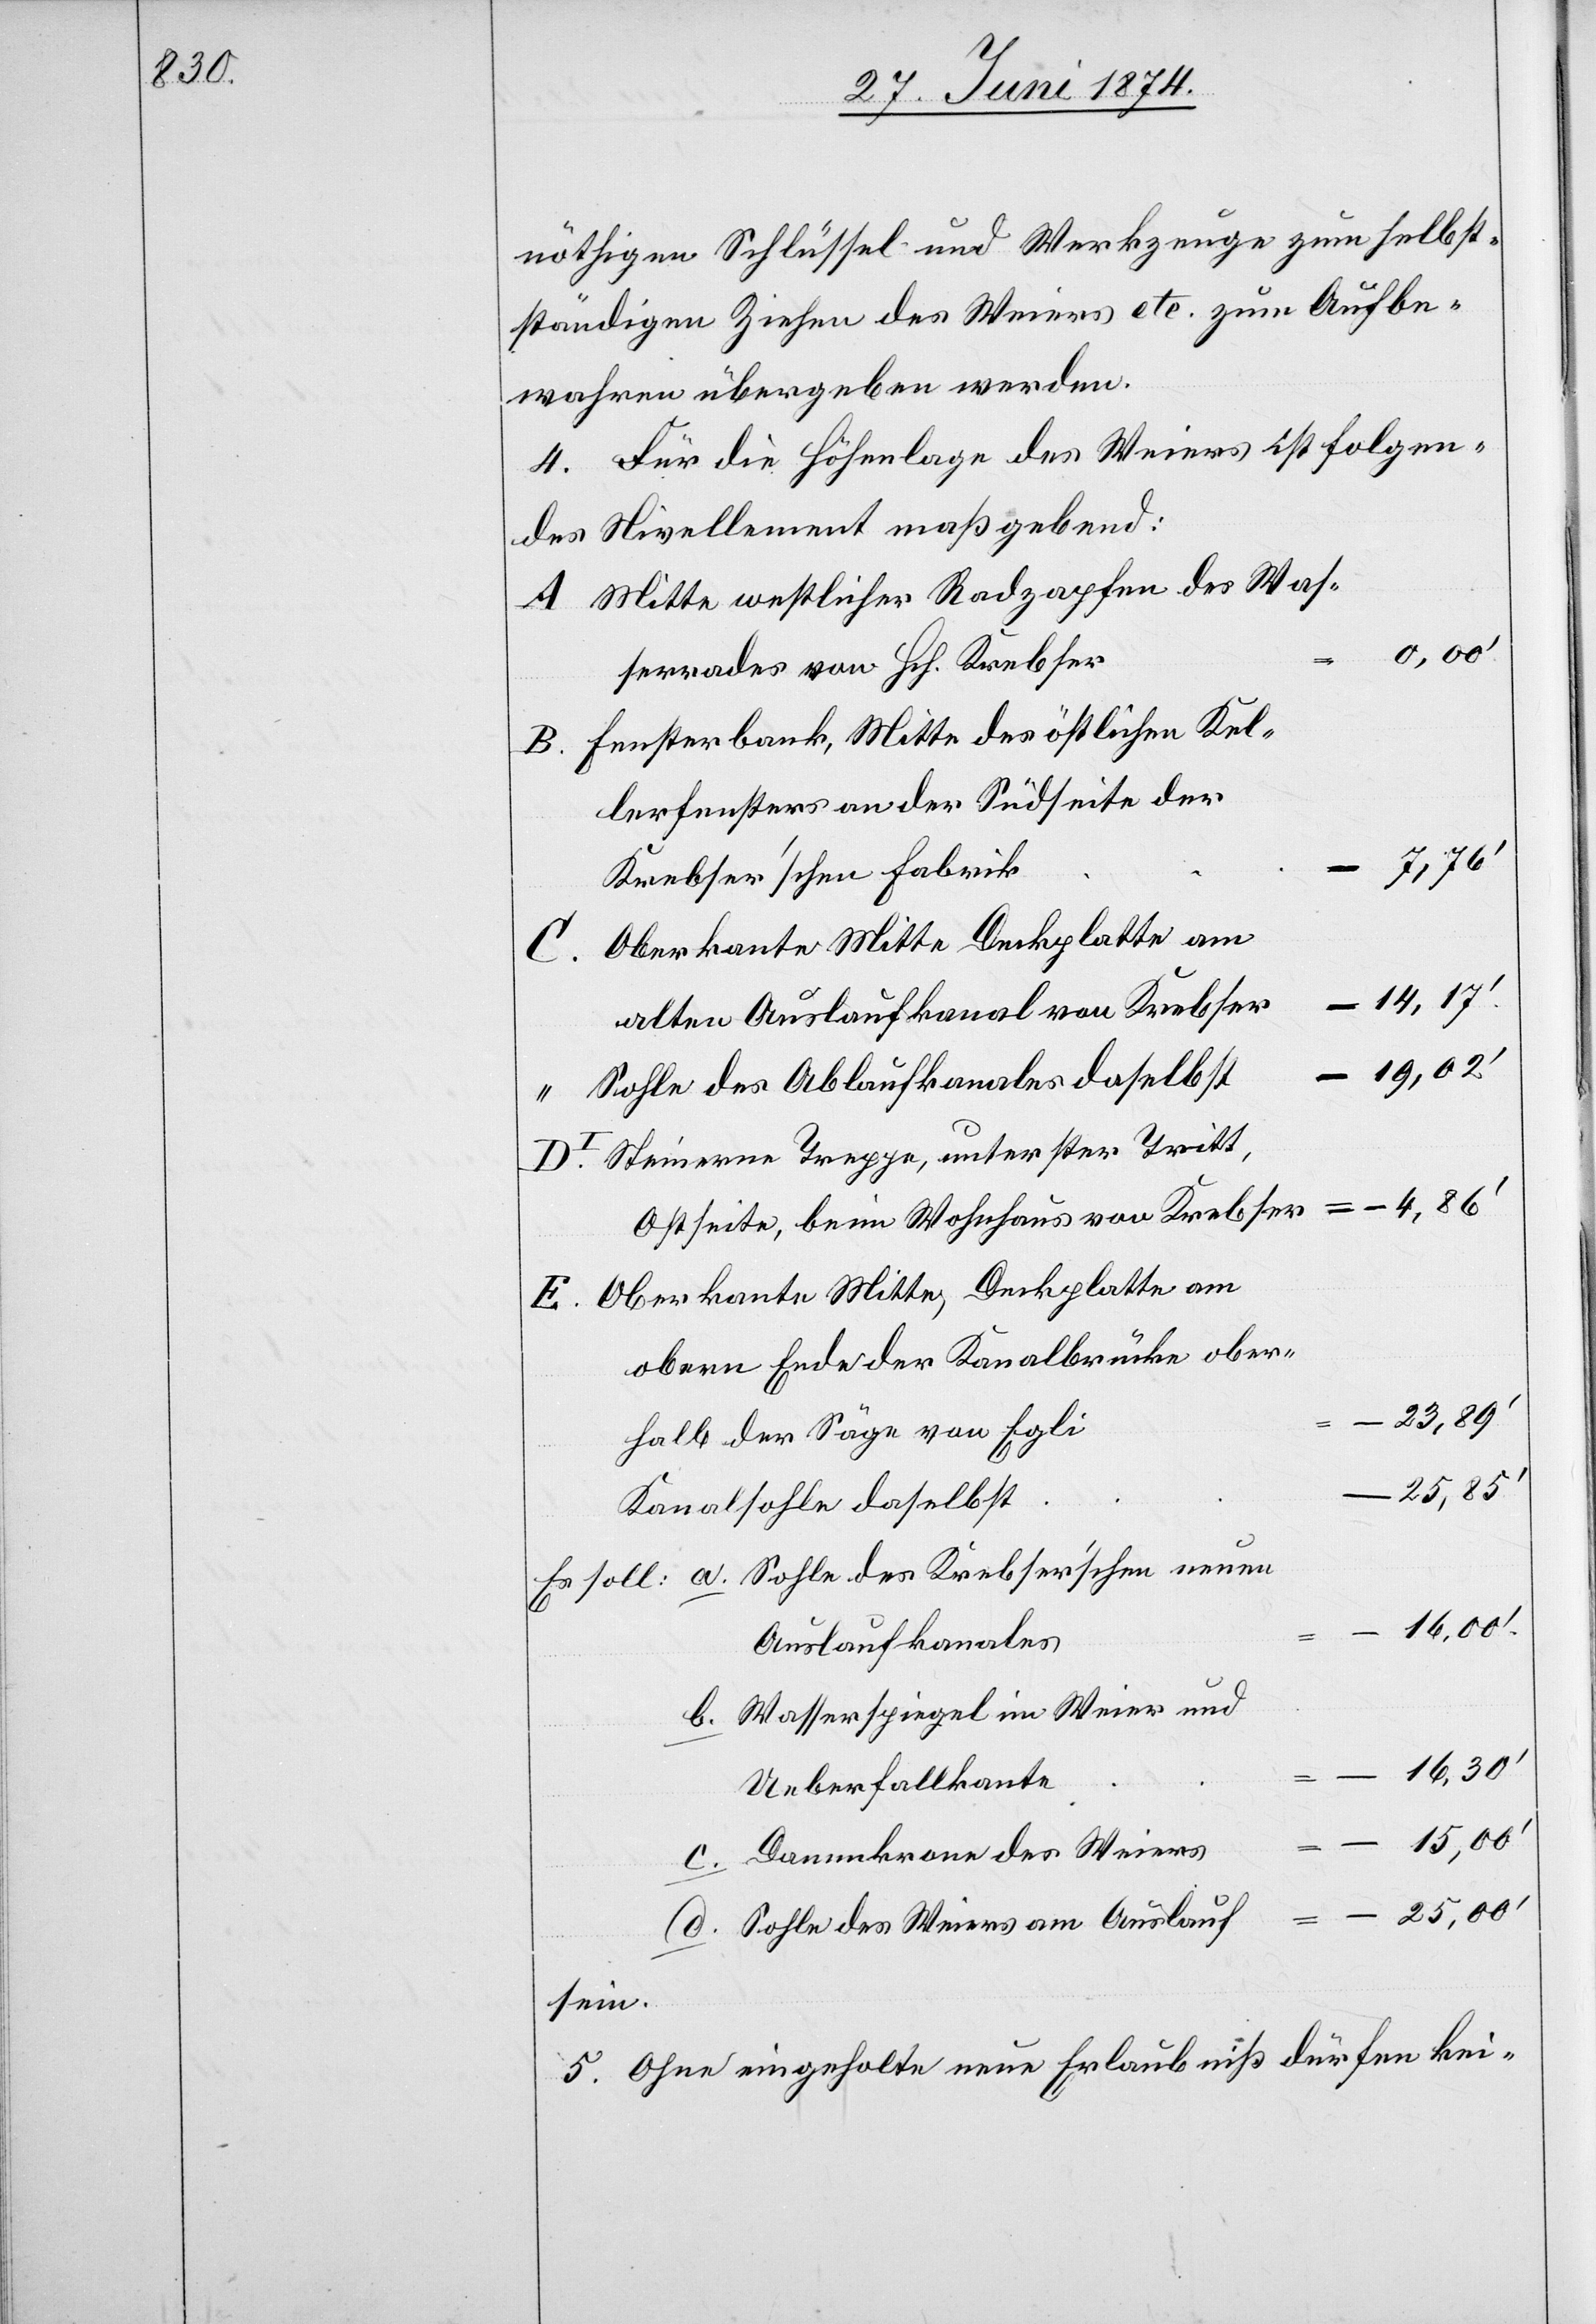
nöthigen Schlüssel und Werkzeuge zum selbst¬
ständigen Ziehen des Weiers etc. zum Aufbe¬
wahren übergeben werden.
4. Für die Höhenlage des Weiers ist folgen¬
des Nivellement maßgebend:
Mitte westlicher Radzapfen des Was¬
neuen
serrades von Hch. Krebser
Fensterbank, Mitte des östlichen Kel¬
lerfensters an der Südseite der
Krebser’schen Fabrik
Oberkante Mitte Deckplatte am
–14,17‘
alten Auslaufkanal von Krebser
–19,02‘
Sohle des Ablaufkanales daselbst
Steinerne Treppe, unterster Tritt,
Ostseite, beim Wohnhaus von Krebser
Oberkante Mitte, Deckplatte am
obern Ende der Kanalbrücke ober¬
halb der Säge von Egli
–25,85‘
Kanalsohle daselbst
Auslaufkanales
b. Wasserspiegel im Weier und
Ueberfallskante
–15,00‘
c. Dammkrone des Weiers
d. Sohle des Weiers am Auslauf
sein.
5. Ohne eingeholte neue Erlaubniß dürfen kei-